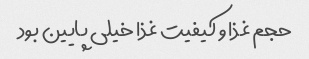
حجم غذا و کیفیت غذا خیلی پایین بود